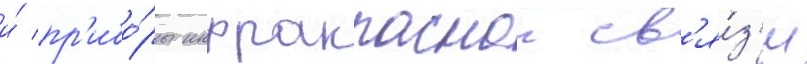
и́ пр'ибо́ры инфракраснои св'я́з'и